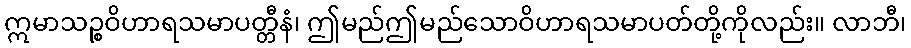
ဣမာသဉ္စဝိဟာရသမာပတ္တီနံ၊ ဤမည်ဤမည်သောဝိဟာရသမာပတ်တို့ကိုလည်း။ လာဘီ၊